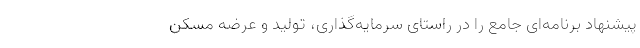
پیشنهاد برنامه‌ای جامع را در راستای سرمایه‌گذاری، تولید و عرضه مسکن